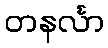
တနင်္လာ